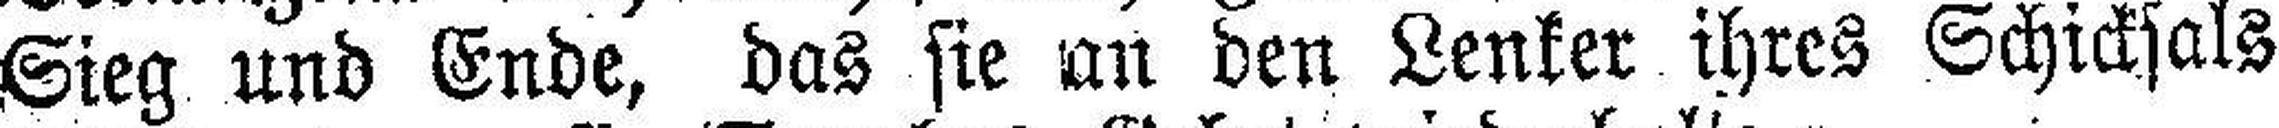
Sieg und Ende, das sie an den Lenker ihres Schicksals